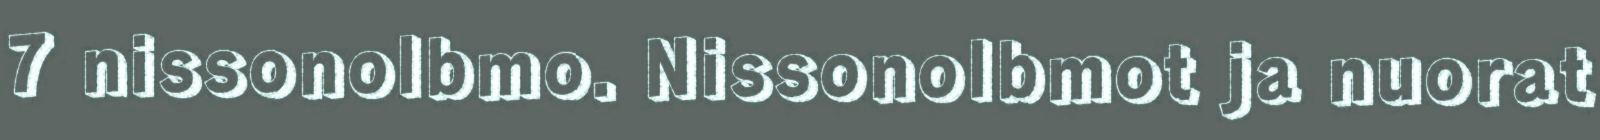
7 nissonolbmo. Nissonolbmot ja nuorat